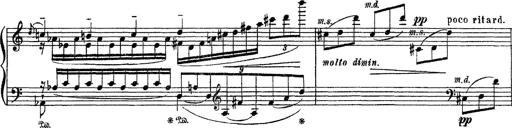
Title: Apparitions
Composer: Franz Liszt